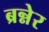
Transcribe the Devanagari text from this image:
ब्रन्नेर